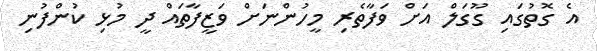
އެ ގޮތުގައި ގޫގަލް އަށް ވަފާތެރި މީހުންނަށް ވަޒީފާތައް ދީ މުޅި ކުންފުނި